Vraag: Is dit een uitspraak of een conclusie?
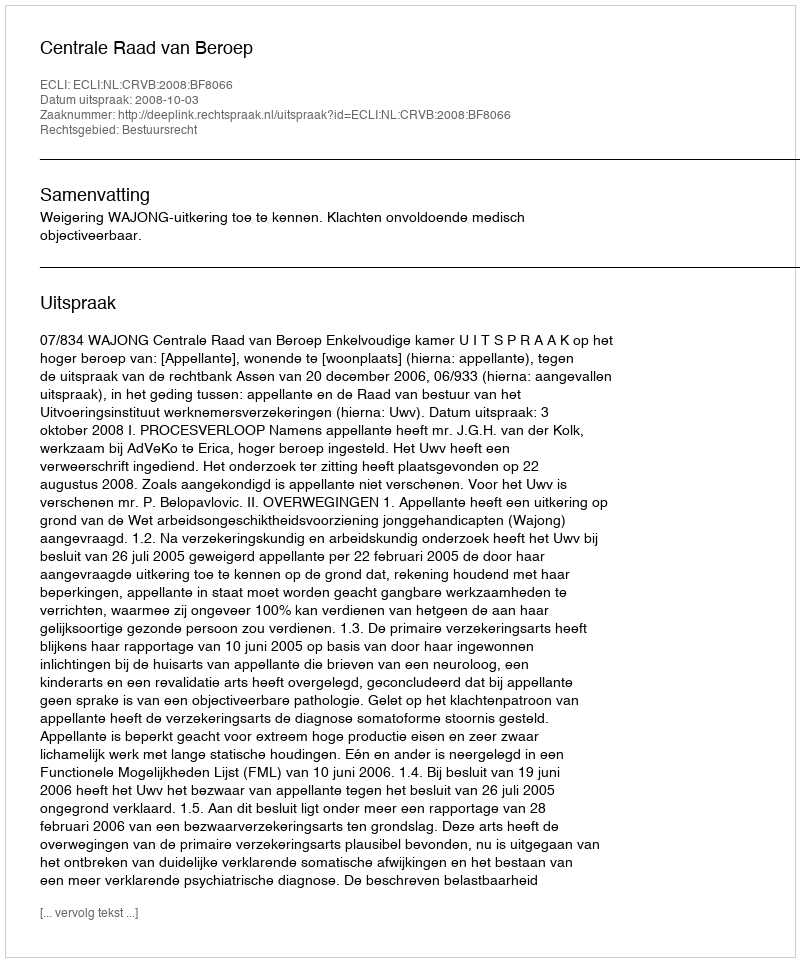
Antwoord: Uitspraak